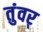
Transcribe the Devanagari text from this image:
तुंवर्